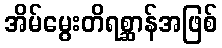
အိမ်မွေးတိရစ္ဆာန်အဖြစ်